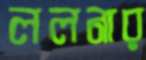
ললনার